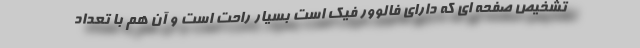
تشخیص صفحه ای که دارای فالوور فیک است بسیار راحت است و آن هم با تعداد